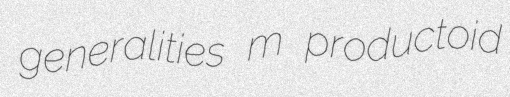
generalities m productoid